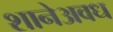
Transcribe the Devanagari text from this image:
शानेअवध